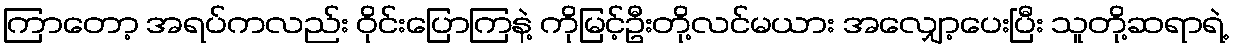
ကြာတော့ အရပ်ကလည်း ဝိုင်းပြောကြနဲ့ ကိုမြင့်ဦးတို့လင်မယား အလျှော့ပေးပြီး သူတို့ဆရာရဲ့